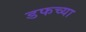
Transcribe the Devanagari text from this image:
डफच्या